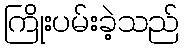
ကြိုးပမ်းခဲ့သည်